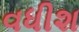
વધીશ